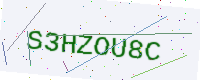
Text: S3HZOU8C